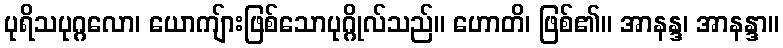
ပုရိသပုဂ္ဂလော၊ ယောကျ်ားဖြစ်သောပုဂ္ဂိုလ်သည်။ ဟောတိ၊ ဖြစ်၏။ အာနန္ဒ၊ အာနန္ဒာ။